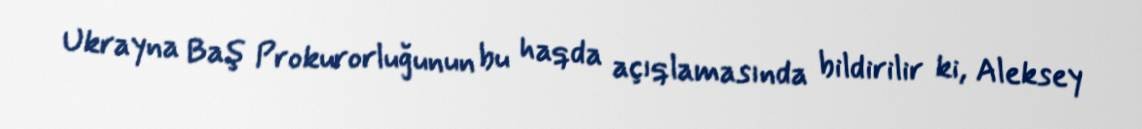
Ukrayna Baş Prokurorluğunun bu haqda açıqlamasında bildirilir ki, Aleksey